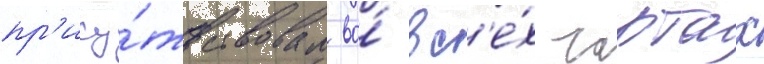
пр'ису́тствовал во́ вс'е́х чартах